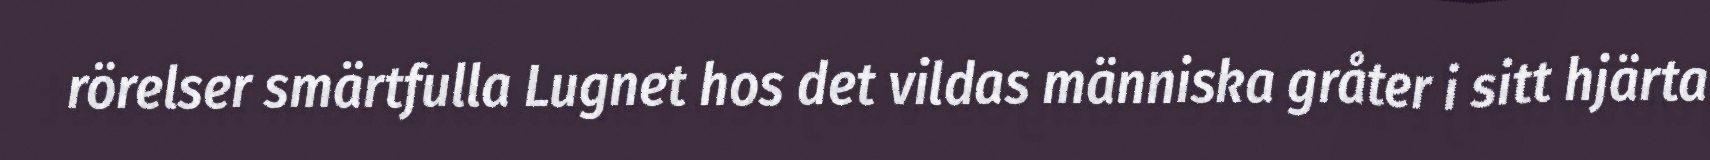
rörelser smärtfulla Lugnet hos det vildas människa gråter i sitt hjärta